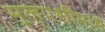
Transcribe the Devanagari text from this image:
मूलपेशींमध्ये